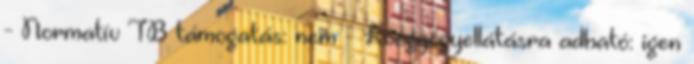
- Normatív TB támogatás: nem - Közgyógyellátásra adható: igen